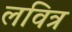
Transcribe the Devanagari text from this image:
लवित्र